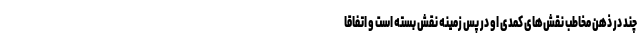
چند در ذهن مخاطب نقش‌های کمدی او در پس زمینه نقش بسته است و اتفاقا